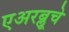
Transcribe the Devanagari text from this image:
एअरब्लूचे